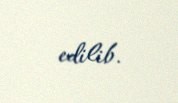
edilib.